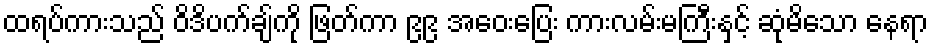
ထရပ်ကားသည် ဝိဒိပက်ချ်ကို ဖြတ်ကာ ၉၉ အဝေးပြေး ကားလမ်းမကြီးနှင့် ဆုံမိသော နေရာ